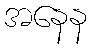
အနေန